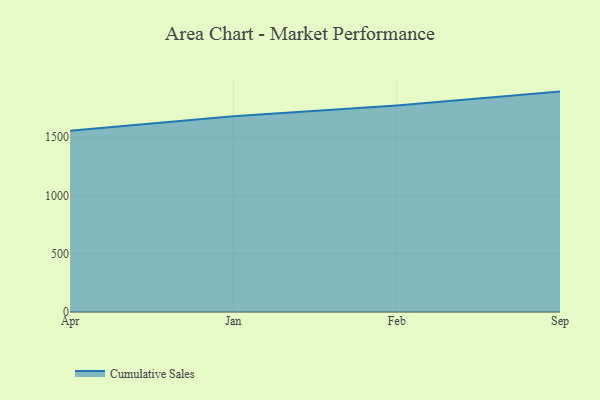
{"axis": {"x": "Month", "y": "Customer Acquisition Cost (USD)"}, "legend": ["Cumulative Sales"], "data": [{"x": "Apr", "y": 1556.2, "type": "Cumulative Sales"}, {"x": "Jan", "y": 1679.1, "type": "Cumulative Sales"}, {"x": "Feb", "y": 1773.0, "type": "Cumulative Sales"}, {"x": "Sep", "y": 1891.6, "type": "Cumulative Sales"}]}